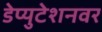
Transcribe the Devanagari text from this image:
डेप्युटेशनवर